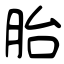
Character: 胎